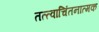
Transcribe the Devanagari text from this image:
तत्त्वाचिंतनात्मक